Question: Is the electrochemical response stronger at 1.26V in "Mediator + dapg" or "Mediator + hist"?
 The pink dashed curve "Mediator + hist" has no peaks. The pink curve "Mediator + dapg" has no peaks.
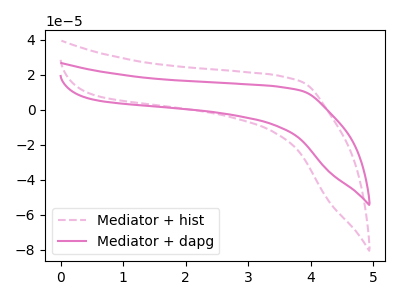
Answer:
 <answer>"Mediator + dapg" and "Mediator + hist" dont share a peak at 1.26V.</answer>
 <eval>mismatch</eval>